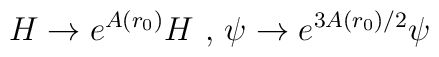
H \rightarrow e^{A(r_0)} H \hbox{ , } \psi \rightarrow e^{3 A(r_0)/2} \psi